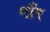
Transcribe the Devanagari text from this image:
माँर